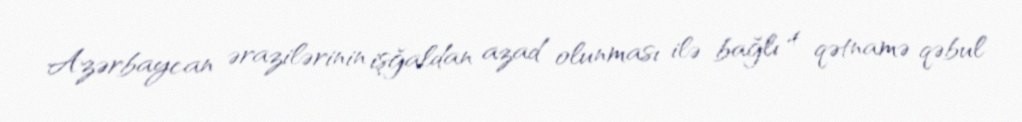
Azərbaycan ərazilərinin işğaldan azad olunması ilə bağlı 4 qətnamə qəbul